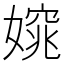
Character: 𡡃